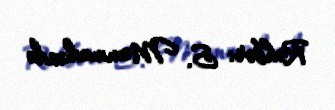
Rəhbər: S. Məmmədzadə